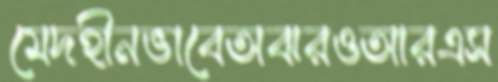
মেদহীনভাবেঅঝরওআরএস